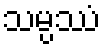
သမ္ပဿံ